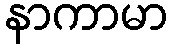
နာကာမာ